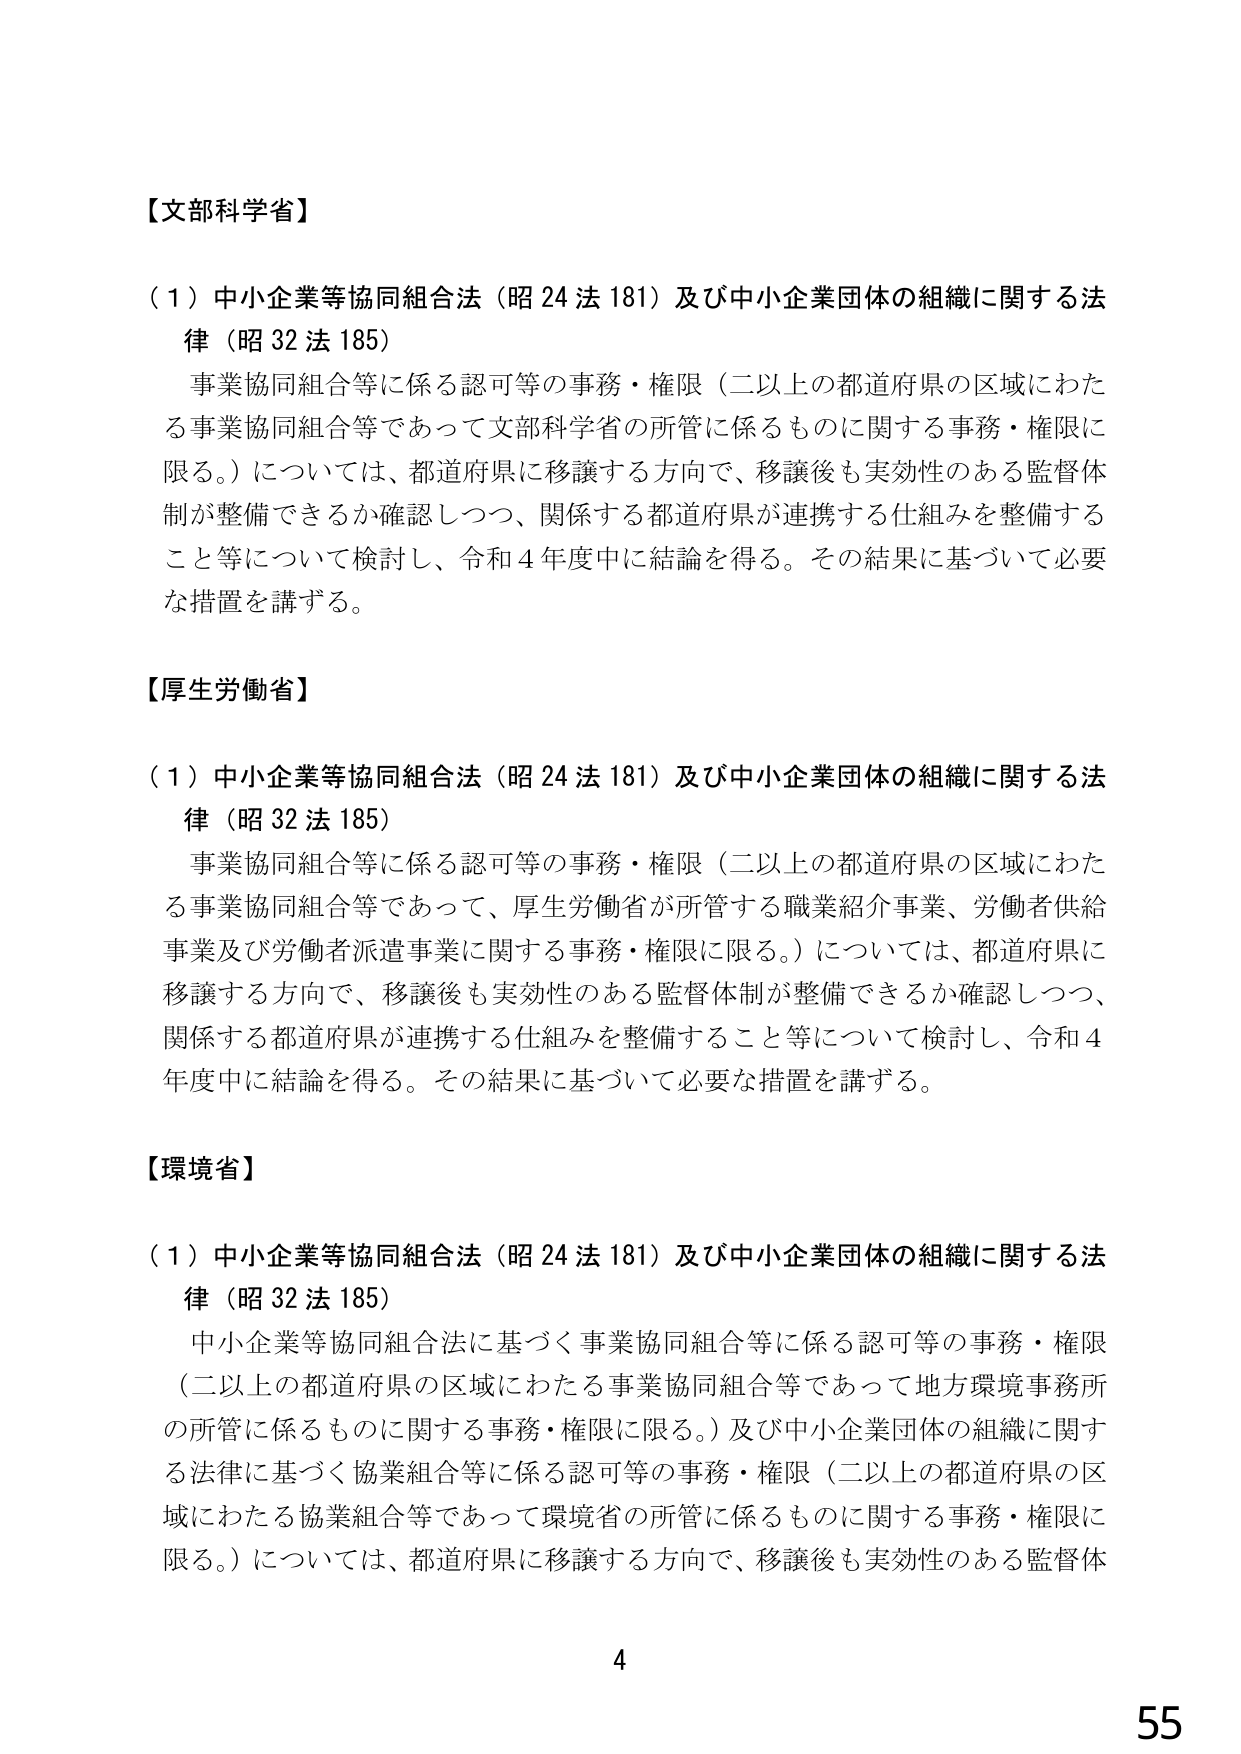
【文部科学省】

（１）中小企業等協同組合法（昭24法181）及び中小企業団体の組織に関する法律（昭32法185）

　事業協同組合等に係る認可等の事務・権限（二以上の都道府県の区域にわたる事業協同組合等であって文部科学省の所管に係るものに関する事務・権限に限る。）については、都道府県に移譲する方向で、移譲後も実効性のある監督体制が整備できるか確認しつつ、関係する都道府県が連携する仕組みを整備すること等について検討し、令和4年度中に結論を得る。その結果に基づいて必要な措置を講ずる。

【厚生労働省】

（１）中小企業等協同組合法（昭24法181）及び中小企業団体の組織に関する法律（昭32法185）

　事業協同組合等に係る認可等の事務・権限（二以上の都道府県の区域にわたる事業協同組合等であって、厚生労働省が所管する職業紹介事業、労働者供給事業及び労働者派遣事業に関する事務・権限に限る。）については、都道府県に移譲する方向で、移譲後も実効性のある監督体制が整備できるか確認しつつ、関係する都道府県が連携する仕組みを整備すること等について検討し、令和4年度中に結論を得る。その結果に基づいて必要な措置を講ずる。

【環境省】

（１）中小企業等協同組合法（昭24法181）及び中小企業団体の組織に関する法律（昭32法185）

　中小企業等協同組合法に基づく事業協同組合等に係る認可等の事務・権限（二以上の都道府県の区域にわたる事業協同組合等であって地方環境事務所の所管に係るものに関する事務・権限に限る。）及び中小企業団体の組織に関する法律に基づく協業組合等に係る認可等の事務・権限（二以上の都道府県の区域にわたる協業組合等であって環境省の所管に係るものに関する事務・権限に限る。）については、都道府県に移譲する方向で、移譲後も実効性のある監督体

4
55